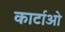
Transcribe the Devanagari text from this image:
कार्टाओ